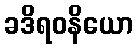
ခဒိရဝနိယော